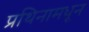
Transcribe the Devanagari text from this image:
प्रथिनामधून